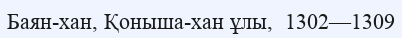
Баян-хан, Қоныша-хан ұлы,  1302—1309